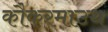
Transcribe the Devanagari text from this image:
कौकरमाउथ